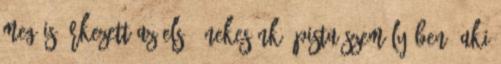
meg is érkezett az első énekesünk, Pista személyében, aki